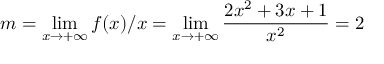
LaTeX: m = \operatorname* { l i m } _ { x \rightarrow + \infty } f ( x ) / x = \operatorname* { l i m } _ { x \rightarrow + \infty } { \frac { 2 x ^ { 2 } + 3 x + 1 } { x ^ { 2 } } } = 2